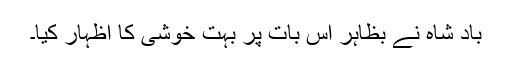
باد شاہ نے بظاہر اس بات پر بہت خوشی کا اظہار کیا۔